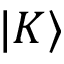
{ | K \rangle }